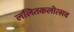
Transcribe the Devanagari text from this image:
ललितकलोत्सव